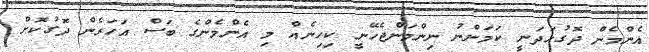
އެންމެން ދޮގުހަދަނީ ކަމަންނު ނިންމަންޖެހޭނީ ކިހިނެއް މި އެންމެންގެ ބަސް އަހަރެން ދޮގުކޮށް